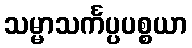
သမ္မာသင်္ကပ္ပပစ္စယာ